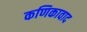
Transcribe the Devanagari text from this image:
कणिकावाद